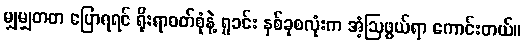
မျှမျှတတ ပြောရရင် ရိုးရာဝတ်စုံနဲ့ ရှုခင်း နှစ်ခုစလုံးက အံ့ဩဖွယ်ရာ ကောင်းတယ်။